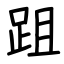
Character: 跙